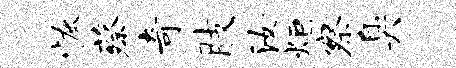
恢蔡奇肢汝炬察臭